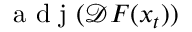
\mathrm { ~ a ~ d ~ j ~ } ( \mathcal { D } \boldsymbol { F } ( \boldsymbol { x } _ { t } ) )